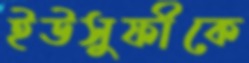
ইউসুফীকে